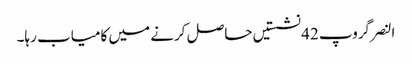
النصر گروپ 42 نشستیں حاصل کرنے میں کامیاب رہا۔